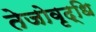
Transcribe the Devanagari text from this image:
तेजोवृद्धि